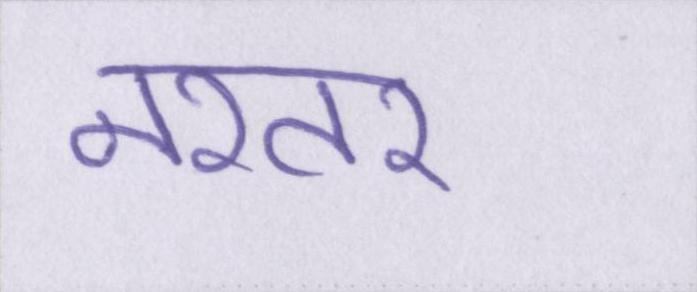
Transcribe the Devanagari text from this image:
नश्तर